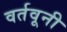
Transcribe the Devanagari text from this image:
वर्तवूनी